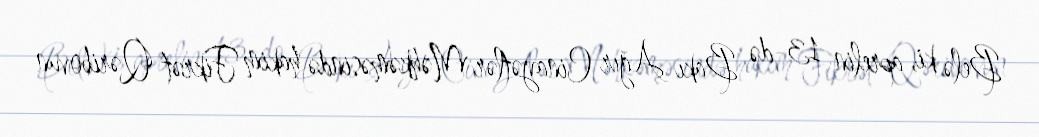
Belə ki, aprelin 13-də Bakı Ağır Cinayətlər Məhkəməsində hakim Fikrət Qəribovun